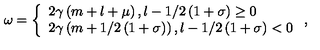
\omega = \left\{ \begin{array} { l } { 2 \gamma \left( m + l + \mu \right) , { } l - 1 / 2 \left( 1 + \sigma \right) \geq 0 } \\ { 2 \gamma \left( m + 1 / 2 \left( 1 + \sigma \right) \right) , { } l - 1 / 2 \left( 1 + \sigma \right) < 0 } \\ \end{array} \right. ,